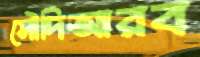
সৌদিআরব